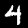
Digit: 4